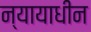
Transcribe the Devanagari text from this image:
न्यायाधीन